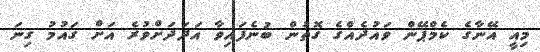
މިއީ އޭނާގެ ކެމްޕޭން ވައުދެއްގެ ގޮތުން ބުނެފައިވާ އަދަދަށްވުރެ އަށް ގައުމު ގިނަ